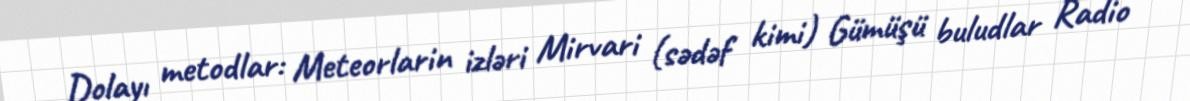
Dolayı metodlar: Meteorlarin izləri Mirvari (sədəf kimi) Gümüşü buludlar Radio